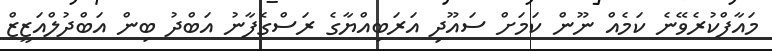
މައާފްކުރެވޭނެ ކަމެއް ނޫން ކަމަށް ސައޫދި އަރަބިއްޔާގެ ރަސްގެފާނު އަބްދު ބިން އަބްދުލްއަޒީޒް